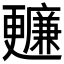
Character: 𣍙